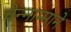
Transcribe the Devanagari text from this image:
चेन्नाम्माने